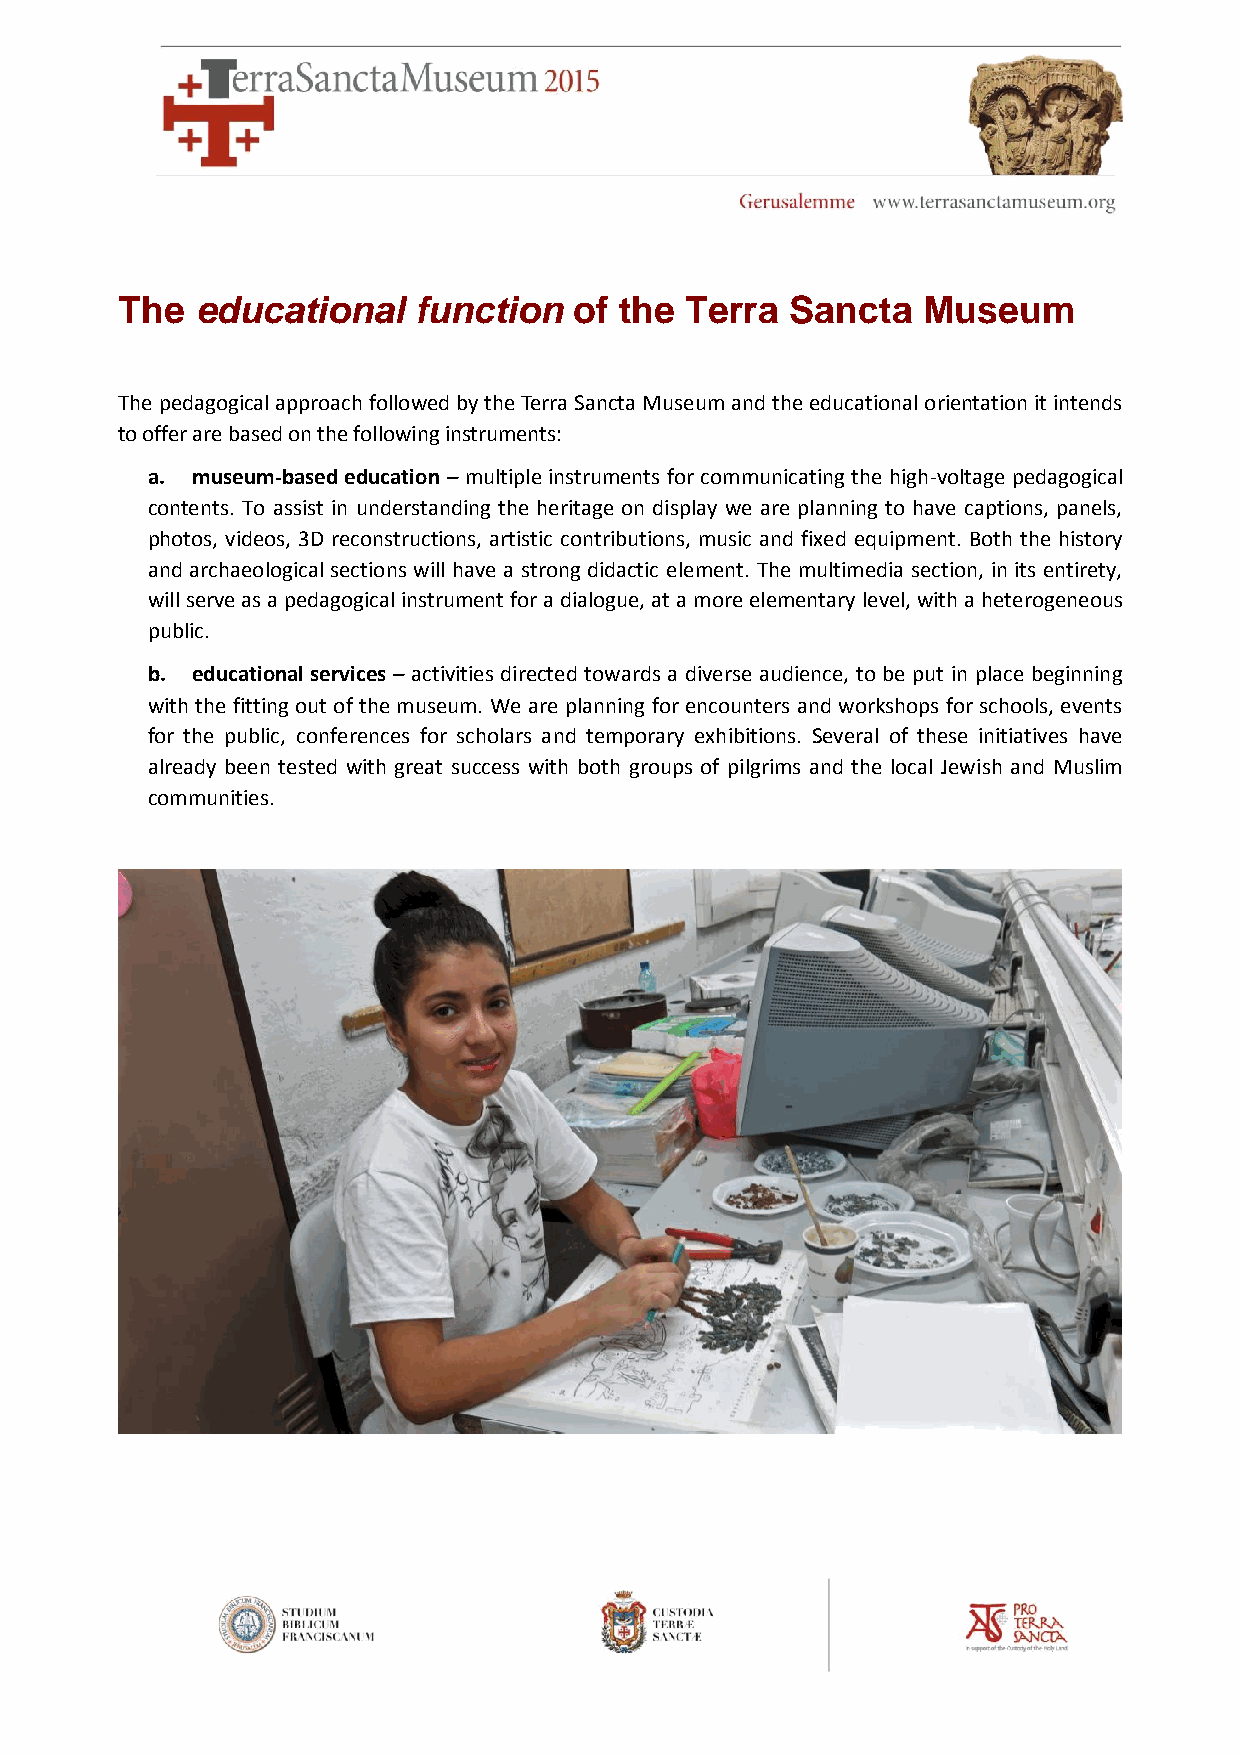
The  educational   function   of the Terra  Sancta   Museum
 The pedagogical approach followed by the Terra Sancta Museum and the educational orientation it intends
 to offer are based on the following instruments:
 a. museum-based education – multiple instruments for communicating the high-voltage pedagogical
 contents. To assist in understanding the heritage on display we are planning to have captions, panels,
 photos, videos, 3D reconstructions, artistic contributions, music and fixed equipment. Both the history
 and archaeological sections will have a strong didactic element. The multimedia section, in its entirety,
 will serve as a pedagogical instrument for a dialogue, at a more elementary level, with a heterogeneous
 public.
 b. educational services – activities directed towards a diverse audience, to be put in place beginning
 with the fitting out of the museum. We are planning for encounters and workshops for schools, events
 for the public, conferences for scholars and temporary exhibitions. Several of these initiatives have
 already been tested with great success with both groups of pilgrims and the local Jewish and Muslim
 communities.